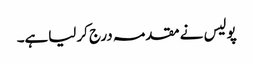
پولیس نے مقدمہ درج کرلیاہے۔